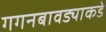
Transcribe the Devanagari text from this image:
गगनबावड्याकडे